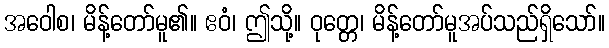
အဝေါစ၊ မိန့်တော်မူ၏။ ဧဝံ၊ ဤသို့။ ဝုတ္တေ၊ မိန့်တော်မူအပ်သည်ရှိသော်။